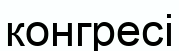
конгресі